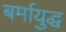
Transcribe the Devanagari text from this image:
बर्मायुद्ध